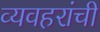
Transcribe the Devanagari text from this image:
व्यवहरांची